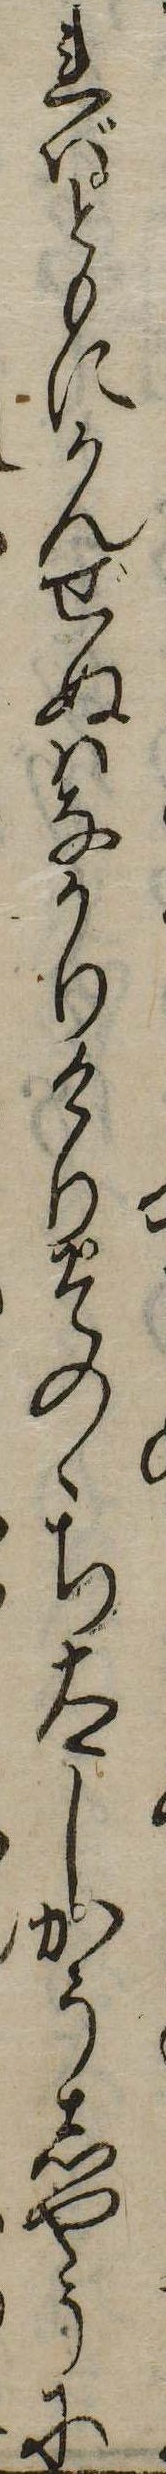
ればともにかんぜぬはなかりけりそのゝち太しかうしやうに